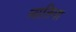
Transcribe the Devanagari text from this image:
नातिया